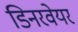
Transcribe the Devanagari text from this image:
डिनरवेयर